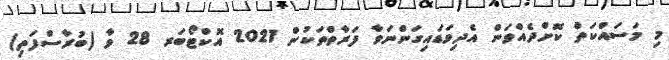
މި މަސައްކަތް ކޮށްދެއްވަން އެދިވަޑައިގަންނަވާ ފަރާތްތަކުން 2021 އޮކްޓޯބަރ 28 ވާ (ބުރާސްފަތި)